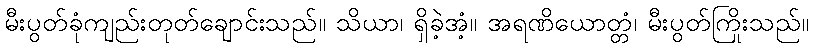
မီးပွတ်ခုံကျည်းတုတ်ချောင်းသည်။ သိယာ၊ ရှိခဲ့အံ့။ အရဏိယောတ္တံ၊ မီးပွတ်ကြိုးသည်။